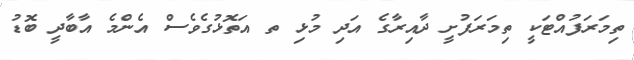
ތިމަރަފުއްޓަކީ ތިމަރަފުށީ ދާއިރާގެ އަދި މުޅި ތ އަތޮޅުގެވެސް އެންމެ އާބާދީ ބޮޑު